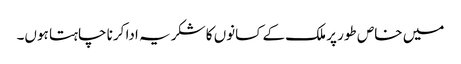
میں خاص طور پر ملک کے کسانوں کا شکریہ ادا کرنا چاہتا ہوں۔